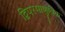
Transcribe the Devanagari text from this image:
द्विपरमाणुविक